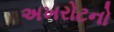
અખરોટનો